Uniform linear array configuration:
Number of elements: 32
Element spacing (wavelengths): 0.5
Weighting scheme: binomial
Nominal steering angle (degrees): -15
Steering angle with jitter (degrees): -13.793
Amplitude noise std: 0.05
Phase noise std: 0.05

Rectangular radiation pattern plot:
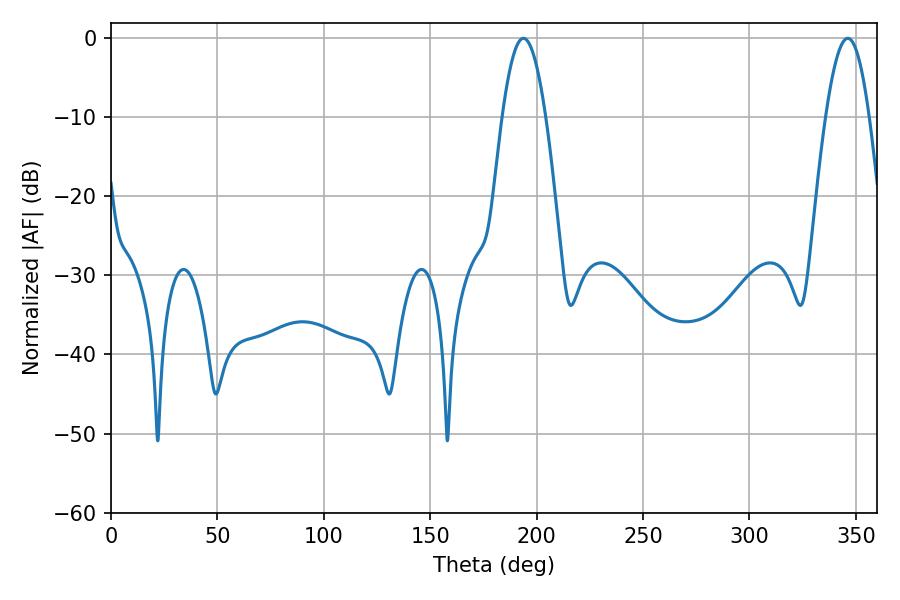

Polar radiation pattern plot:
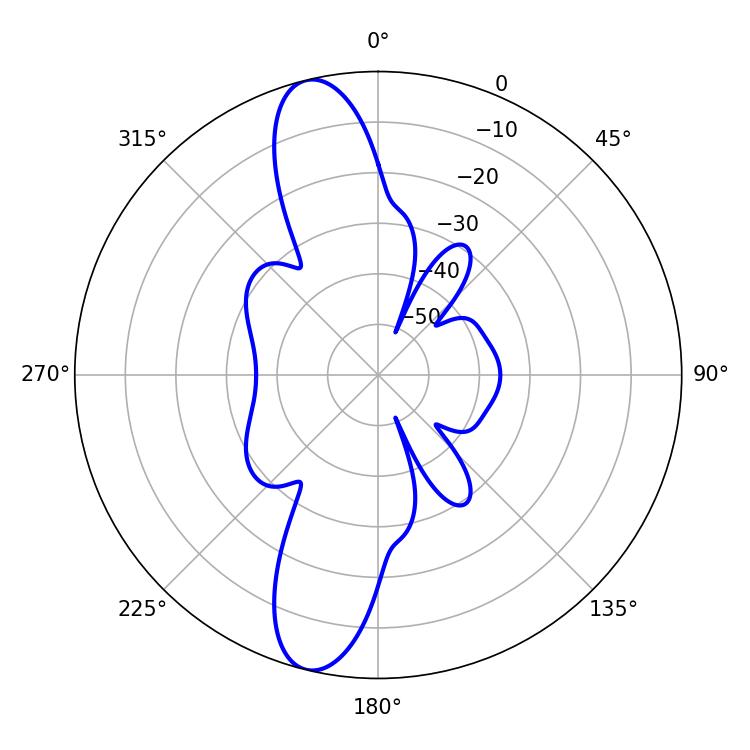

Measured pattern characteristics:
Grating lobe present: FALSE
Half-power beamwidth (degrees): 11.16
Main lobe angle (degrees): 193.86